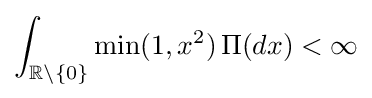
\int _{\mathbb {R} \setminus \{0\}}{\min(1,x^{2})\,\Pi (dx)}<\infty